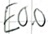
Text: E0.0